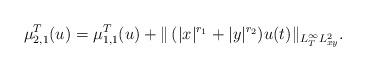
LaTeX: \begin{align*}\mu_{2, 1}^{T}(u) =\mu_{1,1}^{ T}(u) + \|\,(|x|^{r_1}+|y|^{r_2})u(t)\|_{L^{\infty}_{ T}L^2_{xy}}.\end{align*}